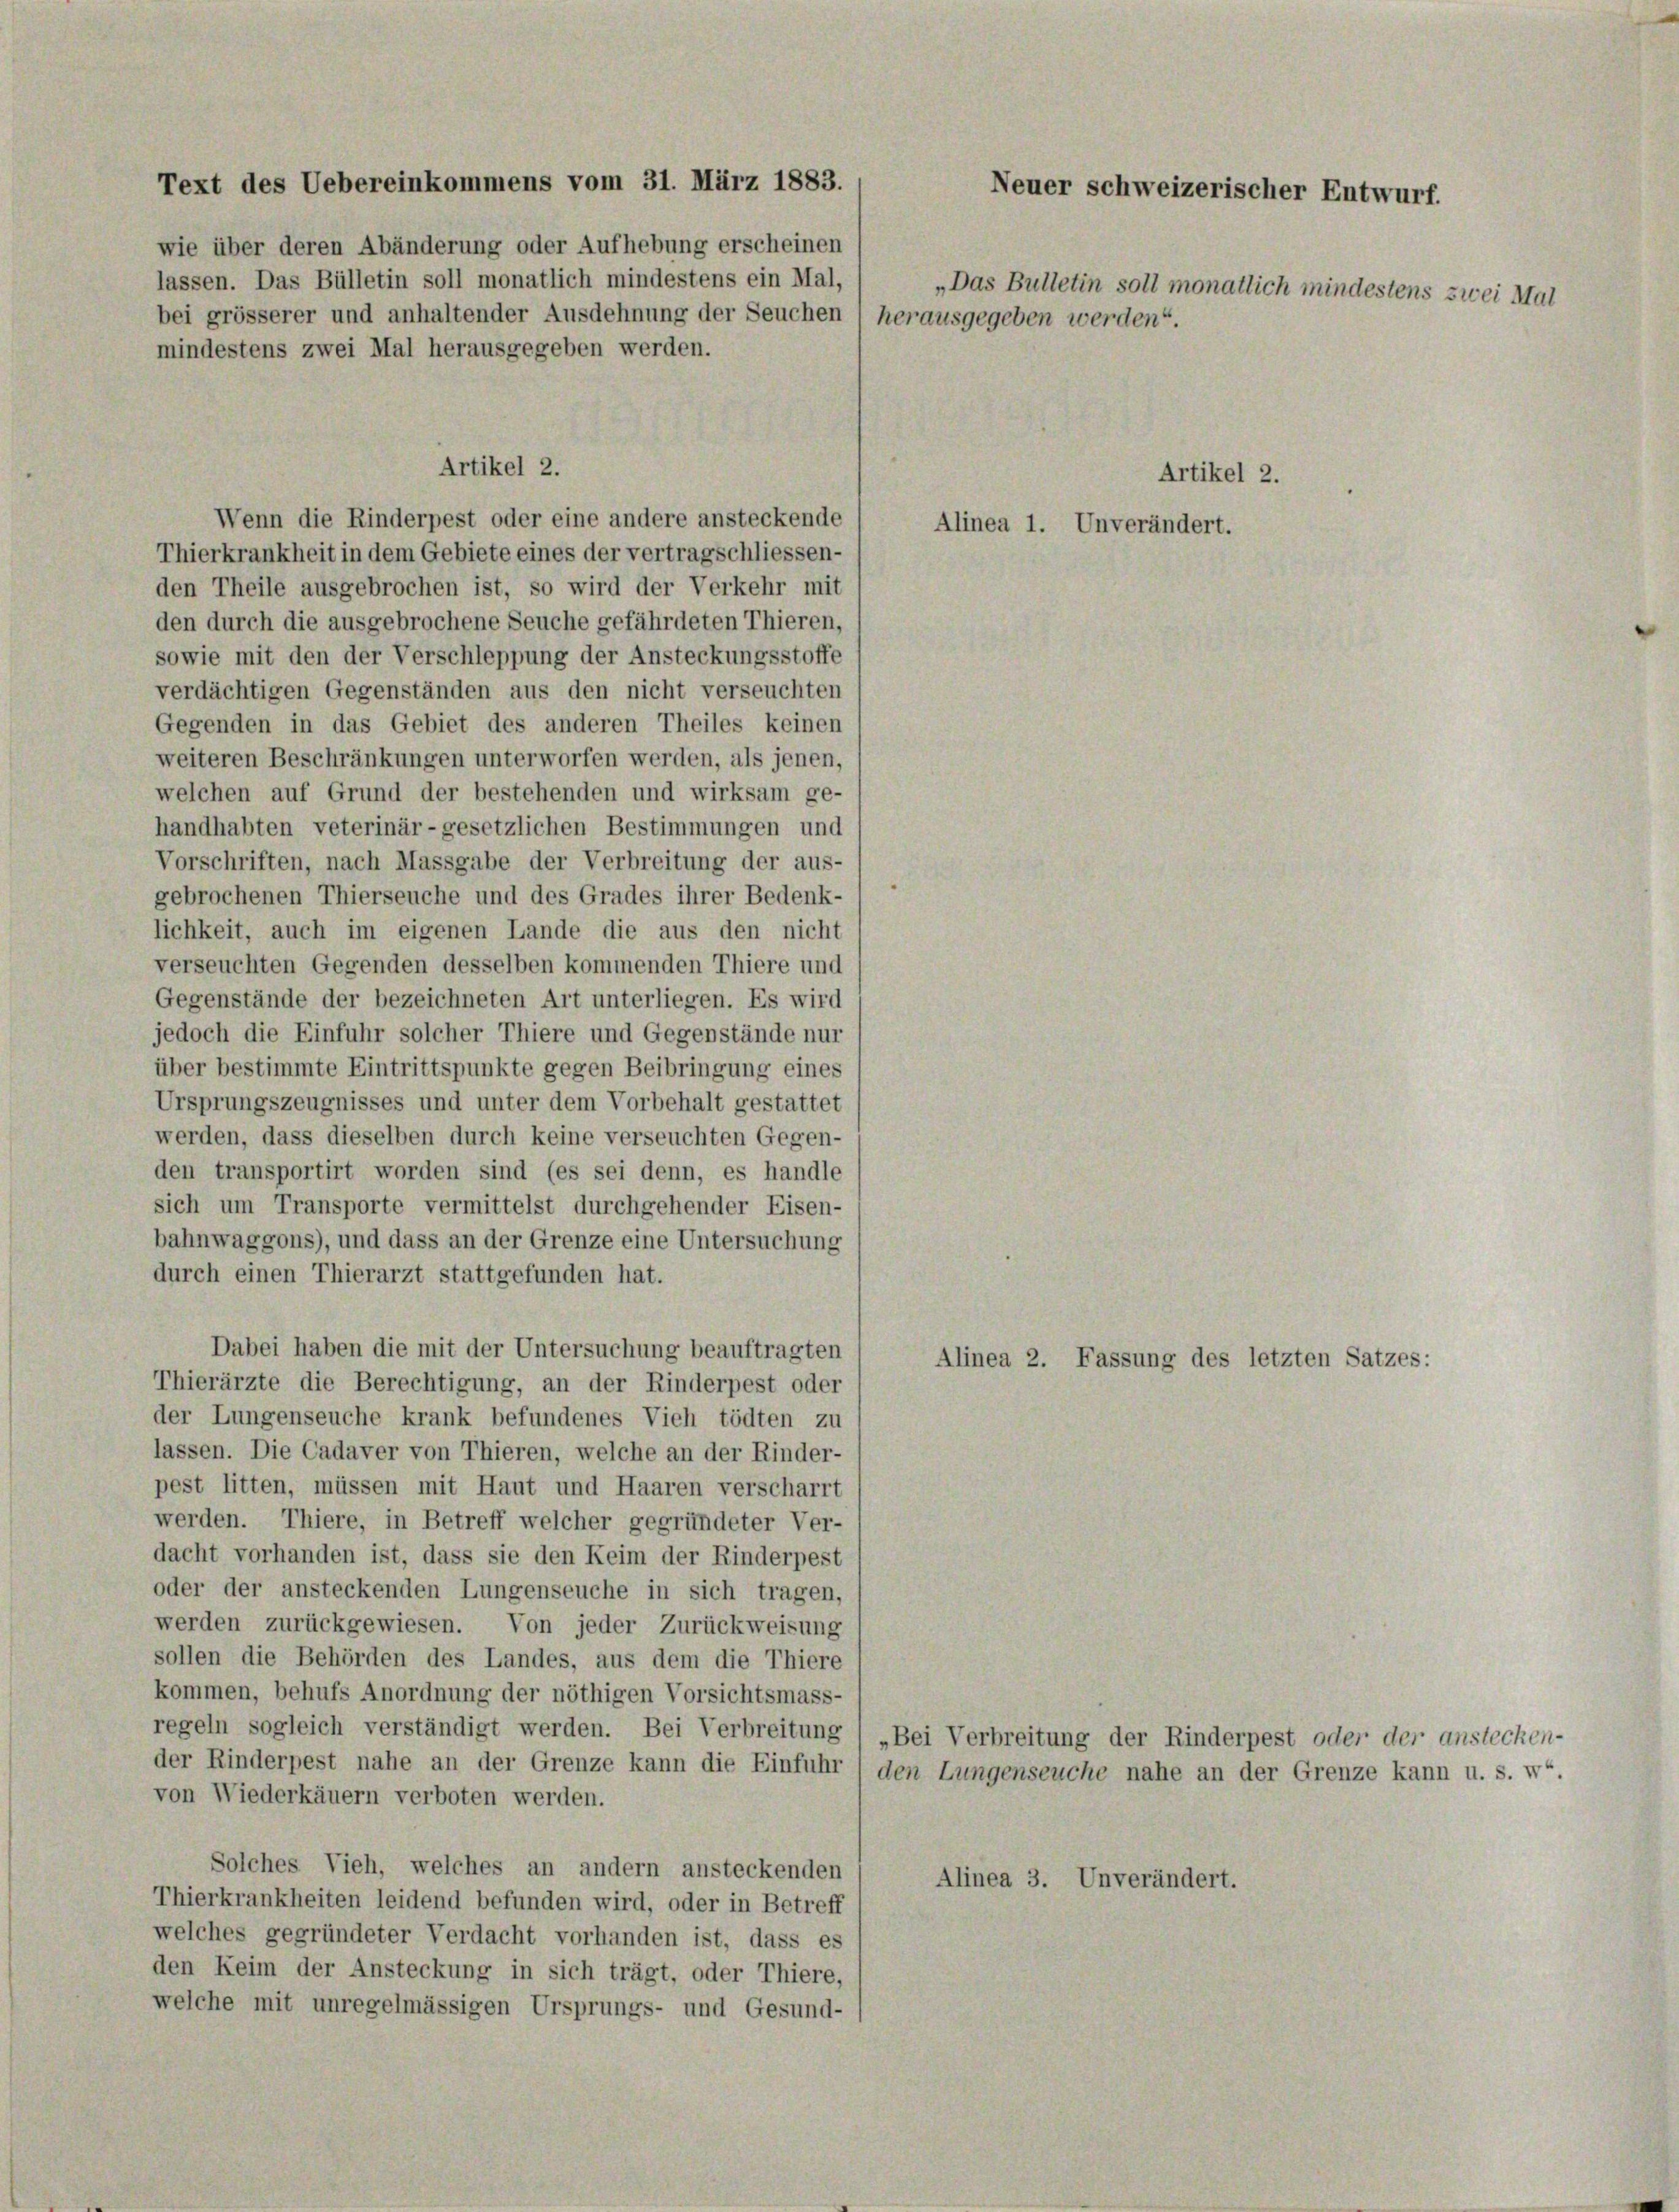
Text des Uebereinkommens vom 31. März 1883.
wie über deren Abänderung oder Aufhebung erscheinen

lassen. Das Bülletin soll monatlich mindestens ein Mal,
bei grösserer und anhaltender Ausdehnung der Seuchen 1 herausgegeben werden“.
mindestens zwei Mal herausgegeben werden.
Artikel 2.
Wenn die Rinderpest oder eine andere ansteckende
Thierkrankheit in dem Gebiete eines der vertragschliessen-
den Theile ausgebrochen ist, so wird der Verkehr mit
den durch die ausgebrochene Seuche gefährdeten Thieren,
sowie mit den der Verschleppung der Ansteckungsstoffe
verdächtigen Gegenständen aus den nicht verseuchten
Gegenden in das Gebiet des anderen Theiles keinen
weiteren Beschränkungen unterworfen werden, als jenen,
welchen auf Grund der bestehenden und wirksam ge-
handhabten veterinär-gesetzlichen Bestimmungen und
Vorschriften, nach Massgabe der Verbreitung der aus-
gebrochenen Thierseuche und des Grades ihrer Bedenk-
lichkeit, auch im eigenen Lande die aus den nicht
verseuchten Gegenden desselben kommenden Thiere und
Gegenstände der bezeichneten Art unterliegen. Es wird
jedoch die Einfuhr solcher Thiere und Gegenstände nur
über bestimmte Eintrittspunkte gegen Beibringung eines
Ursprungszeugnisses und unter dem Vorbehalt gestattet
werden, dass dieselben durch keine verseuchten Gegen-
den transportirt worden sind (es sei denn, es handle
sich um Transporte vermittelst durchgehender Eisen-
bahnwaggons), und dass an der Grenze eine Untersuchung
durch einen Thierarzt stattgefunden hat.
Dabei haben die mit der Untersuchung beauftragten
Alinea 2. Fassung des letzten Satzes:
Thierärzte die Berechtigung, an der Rinderpest oder
der Lungenseuche krank befundenes Vieh tödten zu
lassen. Die Cadaver von Thieren, welche an der Rinder-
pest litten, müssen mit Haut und Haaren verscharrt
werden. Thiere, in Betreff welcher gegründeter Ver-
dacht vorhanden ist, dass sie den Keim der Rinderpest
oder der ansteckenden Lungenseuche in sich tragen,
werden zurückgewiesen. Von jeder Zurückweisung
sollen die Behörden des Landes, aus dem die Thiere
kommen, behufs Anordnung der nöthigen Vorsichtsmass-
regeln sogleich verständigt werden. Bei Verbreitung / „Bei Verbreitung der Rinderpest oder der anstechen-
der Rinderpest nahe an der Grenze kann die Einfuhr / den Lungenseuche nahe an der Grenze kann u. s. w.
von Wiederkäuern verboten werden.
Solches Vieh, welches an andern ansteckenden
Alinea 3. Unverändert.
Thierkrankheiten leidend befunden wird, oder in Betreff
welches gegründeter Verdacht vorhanden ist, dass es
den Keim der Ansteckung in sich trägt, oder Thiere,
welche mit unregelmässigen Ursprungs- und Gesund-

Neuer schweizerischer Entwurf.
Artikel 2.
Alinea 1. Unverändert.

„Das Bulletin soll monatlich mindestens zwei Mal